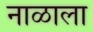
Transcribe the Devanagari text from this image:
नाळाला